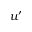
u ^ { \prime }